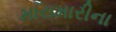
મારામારીના